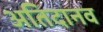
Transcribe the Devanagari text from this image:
अतिदानव